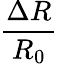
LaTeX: \frac{\Delta R}{R_{0}}